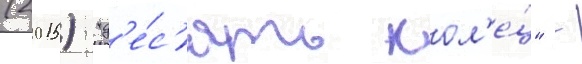
(2015) "д'е́с'ять кол'е́ц" -